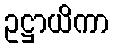
ဥဋ္ဌာယိကာ